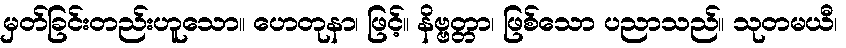
မှတ်ခြင်းတည်းဟူသော။ ဟေတုနာ၊ ဖြင့်။ နိဗ္ဗတ္တာ၊ ဖြစ်သော ပညာသည်။ သုတမယီ၊